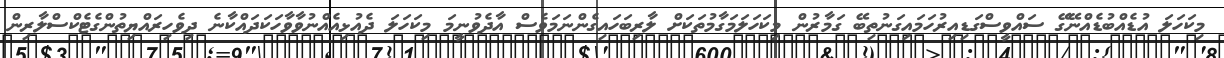
މިކަހަލަ އުޑެއްބުޑެއްނޭގޭ ސައްވީސްގަޑިއިރުހަމައިގަނުތިބޭ ގަމާރުން މިކަހަލަމަގާމުތަކަށް ލާރިބަހައިގެންނަމަވެސް އާދެވުނީމަ މިކަހަލަ ދެއުޅިއެއްނުވާވާހަކަދައްކާނެ ދިވެހިރައްޔިތުންގެޓެކްސްލާރިން